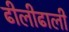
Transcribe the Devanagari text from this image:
ढीलीढाली